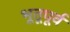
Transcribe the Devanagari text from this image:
भूतूपूर्व